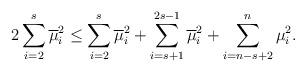
LaTeX: \begin{align*}2\sum_{i=2}^{s}\overline{\mu}_{i}^{2}\leq\sum_{i=2}^{s}\overline{\mu}_{i}^{2}+\sum_{i=s+1}^{2s-1}\overline{\mu}_{i}^{2}+\sum_{i=n-s+2}^{n}\mu_{i}^{2}.\end{align*}